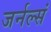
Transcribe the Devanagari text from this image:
जर्नल्सं